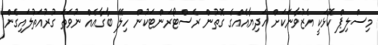
މިސްލިޕް ކޮޅަކީ އެޒުވާނަކަށް ހަދިޔާއެއްގެ ގޮތުން ރެސްޓޯރަންޓަކުން ހިލޭ ބާގާއެއް ނުވަތަ ގުރުއަތުލައިގެން